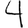
Digit: 4